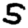
Digit: 5